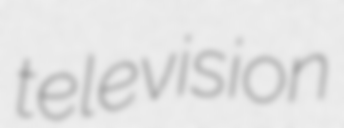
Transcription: television